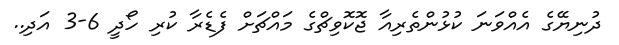
ދުނިޔޭގެ އެއްވަނަ ކުޅުންތެރިއާ ޖޮކޮވިޗްގެ މައްޗަށް ފެޑެރާ ކުރި ހޯދީ 6-3 އަދި..